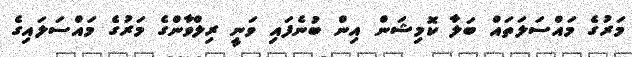
މަރުގެ މައްސަލަތައް ބަލާ ކޮމިޝަން އިން ބުނެފައި ވަނީ ރިލްވާންގެ މަރުގެ މައްސަލައިގެ